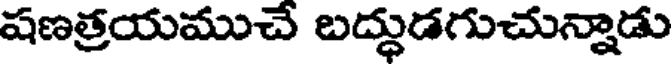
షణత్రయముచే బద్ధుడగుచున్నాడు